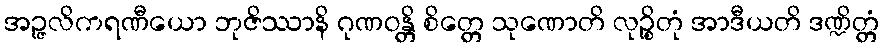
အဉ္ဇလိကရဏီယော ဘုဇိဿာနိ ဂုဏဝန္တိ စိတ္တေ သုဏောတိ လုဉ္စိတုံ အာဒီယတိ ဒဏ္ဍိတ္တံ